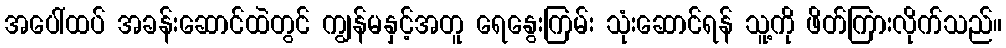
အပေါ်ထပ် အခန်းဆောင်ထဲတွင် ကျွန်မနှင့်အတူ ရေနွေးကြမ်း သုံးဆောင်ရန် သူ့ကို ဖိတ်ကြားလိုက်သည်။